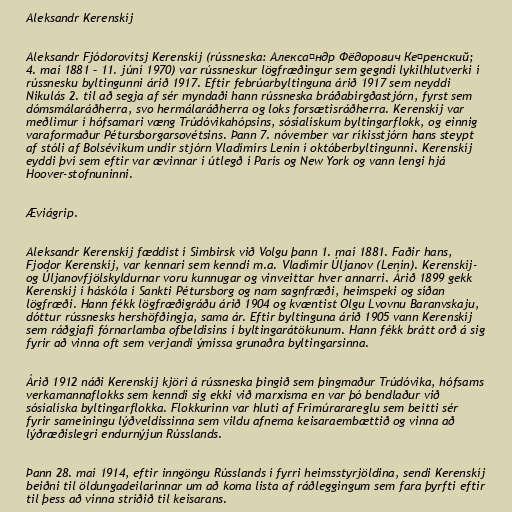
Aleksandr Kerenskíj

Aleksandr Fjódorovítsj Kerenskíj (rússneska: Алекса́ндр Фёдорович Ке́ренский;
4. maí 1881 – 11. júní 1970) var rússneskur lögfræðingur sem gegndi lykilhlutverki í
rússnesku byltingunni árið 1917. Eftir febrúarbyltinguna árið 1917 sem neyddi
Nikulás 2. til að segja af sér myndaði hann rússneska bráðabirgðastjórn, fyrst sem
dómsmálaráðherra, svo hermálaráðherra og loks forsætisráðherra. Kerenskíj var
meðlimur í hófsamari væng Trúdóvikahópsins, sósíalískum byltingarflokk, og einnig
varaformaður Pétursborgarsovétsins. Þann 7. nóvember var ríkisstjórn hans steypt
af stóli af Bolsévikum undir stjórn Vladímírs Lenín í októberbyltingunni. Kerenskíj
eyddi því sem eftir var ævinnar í útlegð í París og New York og vann lengi hjá
Hoover-stofnuninni.

Æviágrip.

Aleksandr Kerenskíj fæddist í Simbirsk við Volgu þann 1. maí 1881. Faðir hans,
Fjodor Kerenskíj, var kennari sem kenndi m.a. Vladímír Úljanov (Lenín). Kerenskíj-
og Úljanovfjölskyldurnar voru kunnugar og vinveittar hver annarri. Árið 1899 gekk
Kerenskíj í háskóla í Sankti Pétursborg og nam sagnfræði, heimspeki og síðan
lögfræði. Hann fékk lögfræðigráðu árið 1904 og kvæntist Olgu Lvovnu Baranvskaju,
dóttur rússnesks hershöfðingja, sama ár. Eftir byltinguna árið 1905 vann Kerenskíj
sem ráðgjafi fórnarlamba ofbeldisins í byltingarátökunum. Hann fékk brátt orð á sig
fyrir að vinna oft sem verjandi ýmissa grunaðra byltingarsinna.

Árið 1912 náði Kerenskíj kjöri á rússneska þingið sem þingmaður Trúdóvika, hófsams
verkamannaflokks sem kenndi sig ekki við marxisma en var þó bendlaður við
sósíalíska byltingarflokka. Flokkurinn var hluti af Frímúrarareglu sem beitti sér
fyrir sameiningu lýðveldissinna sem vildu afnema keisaraembættið og vinna að
lýðræðislegri endurnýjun Rússlands.

Þann 28. maí 1914, eftir inngöngu Rússlands í fyrri heimsstyrjöldina, sendi Kerenskíj
beiðni til öldungadeilarinnar um að koma lista af ráðleggingum sem fara þyrfti eftir
til þess að vinna stríðið til keisarans.